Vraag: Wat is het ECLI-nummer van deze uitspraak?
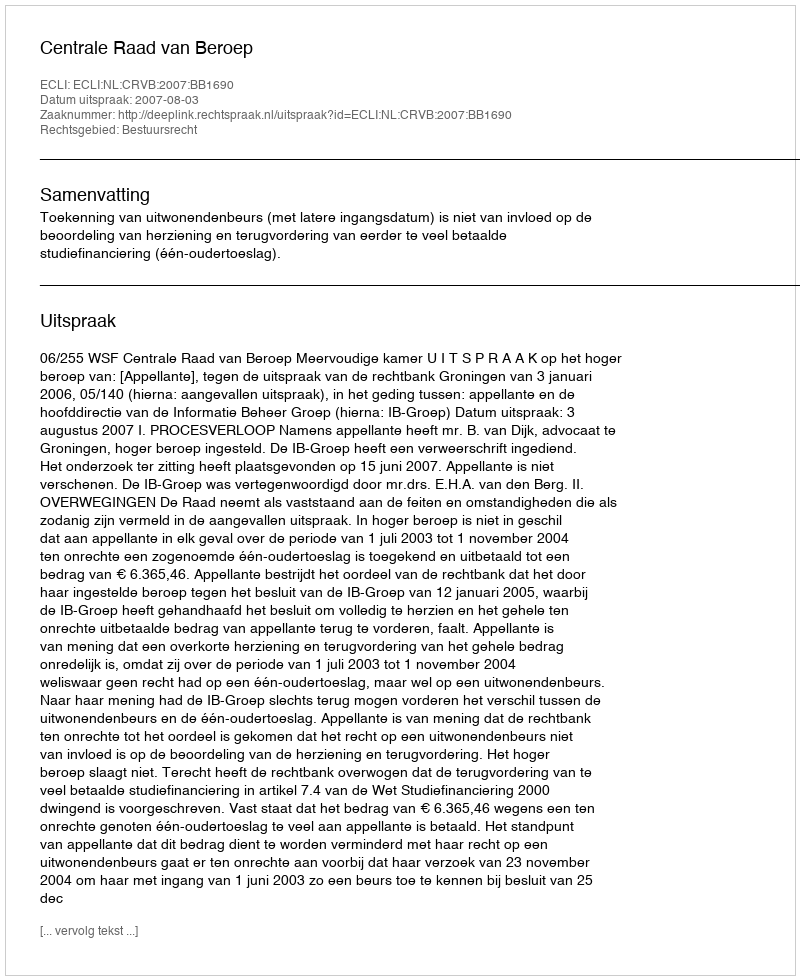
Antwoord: ECLI:NL:CRVB:2007:BB1690